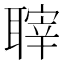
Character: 䏁